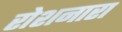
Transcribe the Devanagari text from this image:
रोशनारा